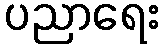
ပညာရေး